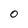
Character: 0